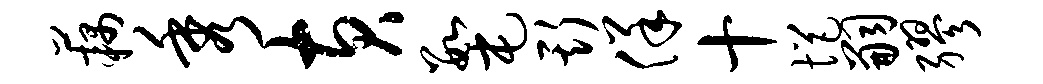
藕秀黄数屯斯佯十悒嗣缪